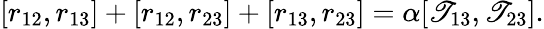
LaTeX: [r_{12},r_{13}]+[r_{12},r_{23}]+[r_{13},r_{23}]=\alpha[\mathscr{T}_{13},\mathscr{T}_{23}].